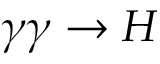
\gamma \gamma \rightarrow H